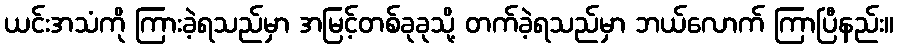
ယင်းအသံကို ကြားခဲ့ရသည်မှာ အမြင့်တစ်ခုခုသို့ တက်ခဲ့ရသည်မှာ ဘယ်လောက် ကြာပြီနည်း။